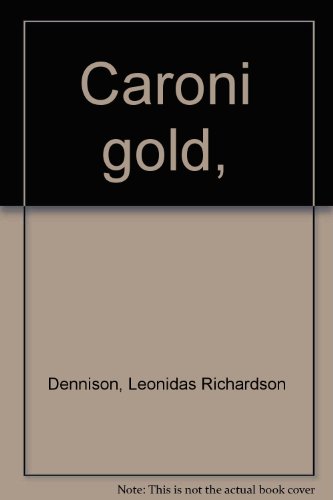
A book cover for Caroni gold,; Leonidas Richardson Dennison; Travel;